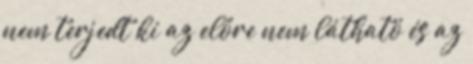
nem terjedt ki az előre nem látható és az